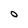
Character: O